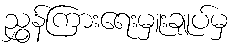
ညွှန်ကြားရေးမှူးချုပ်မှ